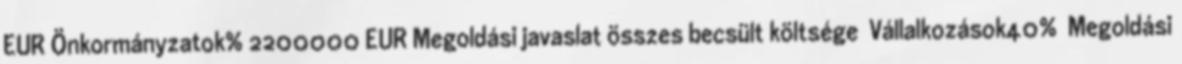
EUR▪Önkormányzatok% 2200000 EUR▪Megoldási javaslat összes becsült költsége ▪Vállalkozások40% ▪Megoldási